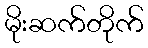
မိုးဆက်တိုက်